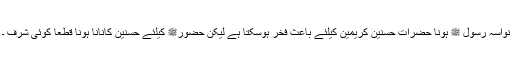
نواسہ رسول ﷺ ہونا حضرات حسنین کریمین کیلئے باعث فخر ہوسکتا ہے لیکن حضورﷺ کیلئے حسنین کانانا ہونا قطعاً کوئی شرف ۔